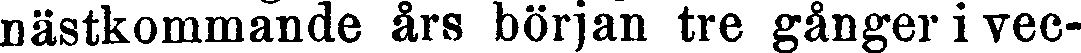
nästkommande års början tre gånger i vec-